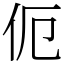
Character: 伌